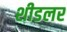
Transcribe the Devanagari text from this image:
शीडलर